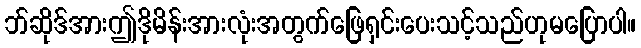
ဘ်ဆိုဒ်အားဤဒိုမိန်းအားလုံးအတွက်ဖြေရှင်းပေးသင့်သည်ဟုမပြောပါ။